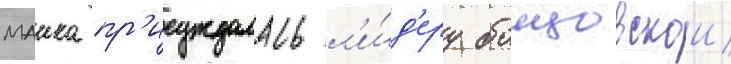
маика пр'исуждалась л'и́д'еру боицовскои